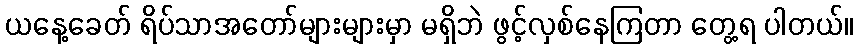
ယနေ့ခေတ် ရိပ်သာအတော်များများမှာ မရှိဘဲ ဖွင့်လှစ်နေကြတာ တွေ့ရ ပါတယ်။